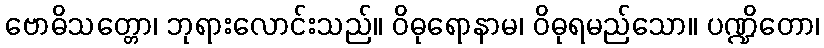
ဗောဓိသတ္တော၊ ဘုရားလောင်းသည်။ ဝိဓုရောနာမ၊ ဝိဓုရမည်သော။ ပဏ္ဍိတော၊